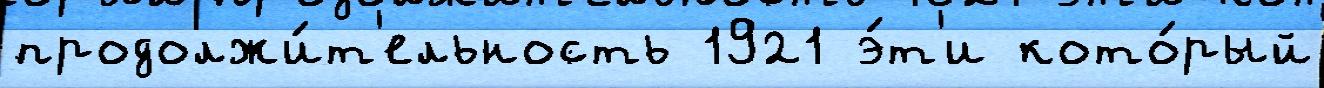
продолжи́т'ельность 1921 э́т'и кото́рый